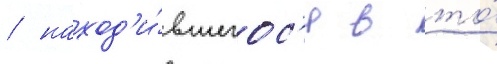
/ наход'и́вшегос'я в то́